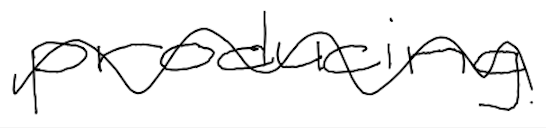
Text: producing
Cross-out: mix
Writing tool: digital_black